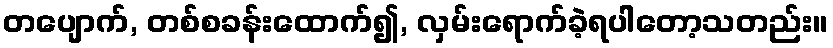
တပျောက်, တစ်စခန်းထောက်၍, လှမ်းရောက်ခဲ့ရပါတော့သတည်း။